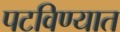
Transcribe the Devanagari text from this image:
पटविण्यात